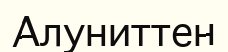
Алуниттен